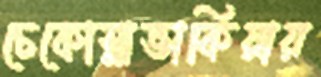
চেকোস্লাভাকিয়ায়